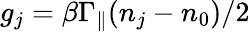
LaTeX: g_{j}=\beta\Gamma_{\parallel}(n_{j}-n_{0})/2